Tezpur Lunatic Asylum reports 1895-1904 - 1895-1904
Year: 1895
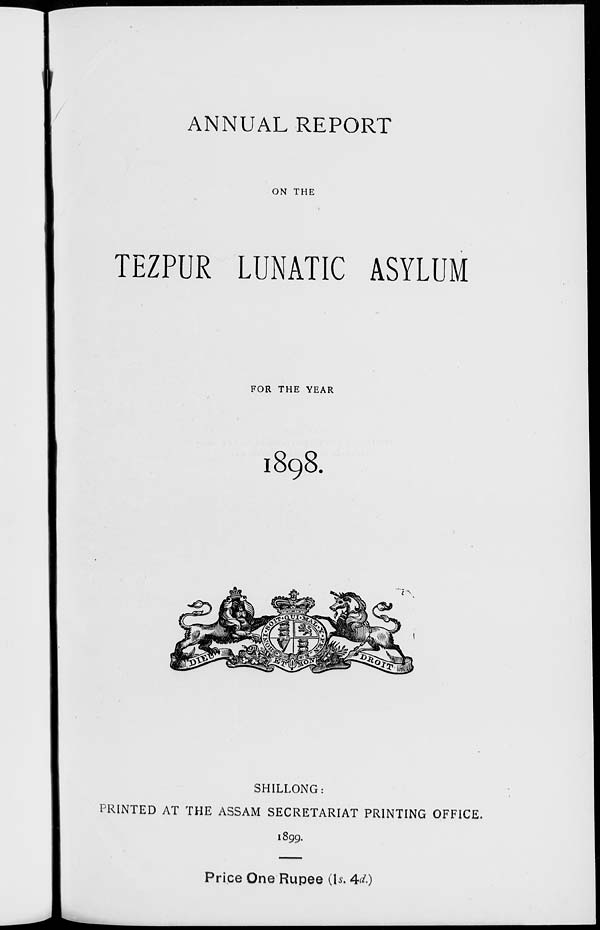
ANNUAL REPORT
ON THE
TEZPUR LUNATIC ASYLUM
FOR THE YEAR
1898.
SHILLONG:
PRINTED AT THE ASSAM SECRETARIAT PRINTING OFFICE.
1899.
Price One Rupee (|*. 4<*0